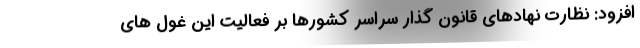
افزود: نظارت نهادهای قانون گذار سراسر کشورها بر فعالیت این غول های